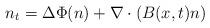
LaTeX: \begin{align*}n_{t} = \Delta \Phi(n) + \nabla \cdot \left( B(x,t) n\right)\end{align*}